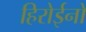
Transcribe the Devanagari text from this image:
हिरोईनों